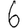
Digit: 6